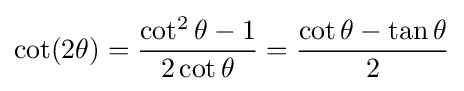
\cot(2\theta )={\frac {\cot ^{2}\theta -1}{2\cot \theta }}={\frac {\cot \theta -\tan \theta }{2}}